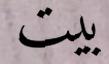
بيت